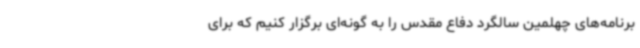
برنامه‌های چهلمین سالگرد دفاع مقدس را به گونه‌ای برگزار کنیم که برای